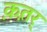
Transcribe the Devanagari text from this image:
क़त़र्